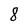
Character: 8